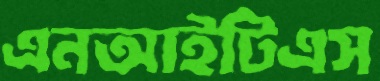
এনআইটিএস